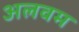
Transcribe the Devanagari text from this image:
अलवम